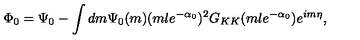
\Phi _ { 0 } = \Psi _ { 0 } - \int d m \Psi _ { 0 } ( m ) ( m l e ^ { - \alpha _ { 0 } } ) ^ { 2 } G _ { K K } ( m l e ^ { - \alpha _ { 0 } } ) e ^ { i m \eta } ,